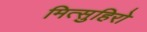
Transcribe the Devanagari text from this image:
मित्सुहिरो